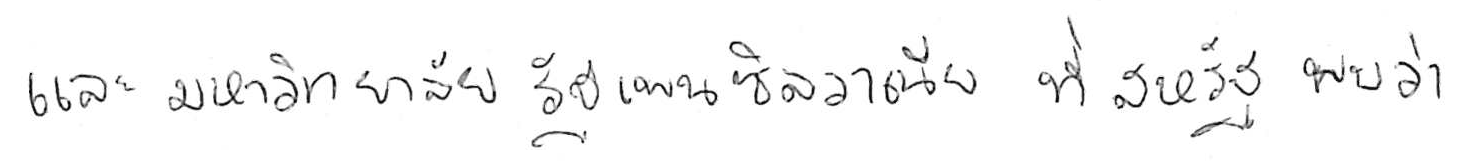
และมหาวิทยาลัยรัฐเพนซิลวาเนีย ที่สหรัฐ พบว่า